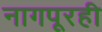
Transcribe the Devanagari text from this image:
नागपूरही